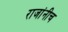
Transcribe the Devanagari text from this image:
राजांनीच